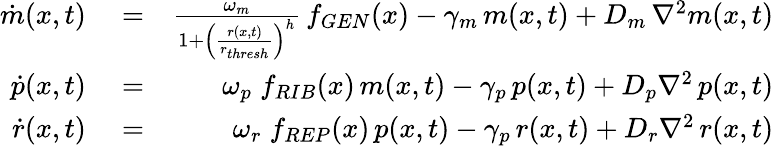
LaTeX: \begin{array}{rlr}{\dot{m}(x,t)}&{{}=}&{\frac{\omega_{m}}{1+\left(\frac{r(x,t)}{r_{thresh}}\right)^{h}}\, f_{GEN}(x)-\gamma_{m}\, m(x,t)+D_{m}\, \nabla^{2}m(x,t)}\\ {\dot{p}(x,t)}&{{}=}&{\omega_{p}\; f_{RIB}(x)\, m(x,t)-\gamma_{p}\, p(x,t)+D_{p}\nabla^{2}\, p(x,t)}\\ {\dot{r}(x,t)}&{{}=}&{\omega_{r}\; f_{REP}(x)\, p(x,t)-\gamma_{p}\, r(x,t)+D_{r}\nabla^{2}\, r(x,t)}\end{array}